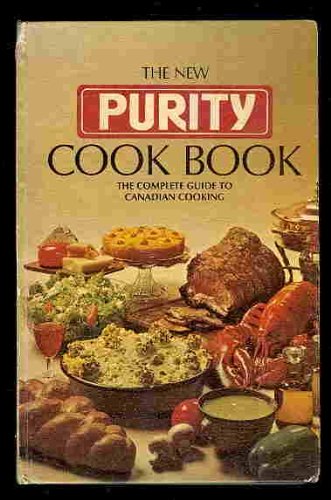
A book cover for PURITY COOK BOOK the Complete Guide to Canadian Cooking; Anna Lee SCOTT; Cookbooks, Food & Wine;